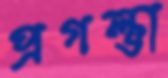
প্রগল্ভা